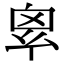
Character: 𢇆